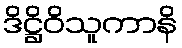
ဒိဋ္ဌိဝိသူကာနိ